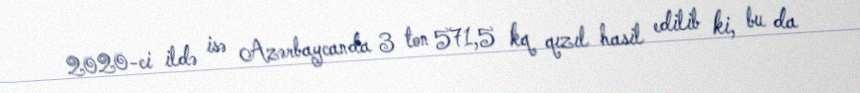
2020-ci ildə isə Azərbaycanda 3 ton 571,5 kq qızıl hasil edilib ki, bu da